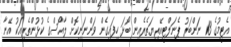
އެޓީމުގެ 13 ނަންބަރު ޕެނަލްޓީއޭރިޔަތެރެއިން ބޯޅަ ހިފައިގެން ވަންނަނިކޮށް ލާއޯސްގެ ކުޅުންތެރިއަކު އޭނާ